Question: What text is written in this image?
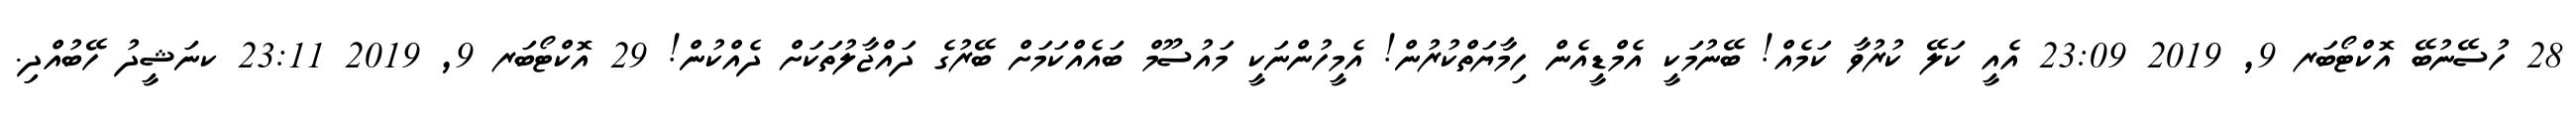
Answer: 28 ހުސޭނުބޭ އޮކްޓޯބަރ 9, 2019 23:09 އެއީ ކަލޭ ކުރުވާ ކަމެއް! ބޭނުމަކީ އެމްޑީއެން ހިމާޔަތްކުރުން! އެމީހުންނަކީ މައުސޫމް ބައެއްކަމަށް ބޭރުގެ ދައްޖާލުތަކަށް ދެއްކުން! 29 އޮކްޓޯބަރ 9, 2019 23:11 ކނަޝީދު ހޭބުއްދި.